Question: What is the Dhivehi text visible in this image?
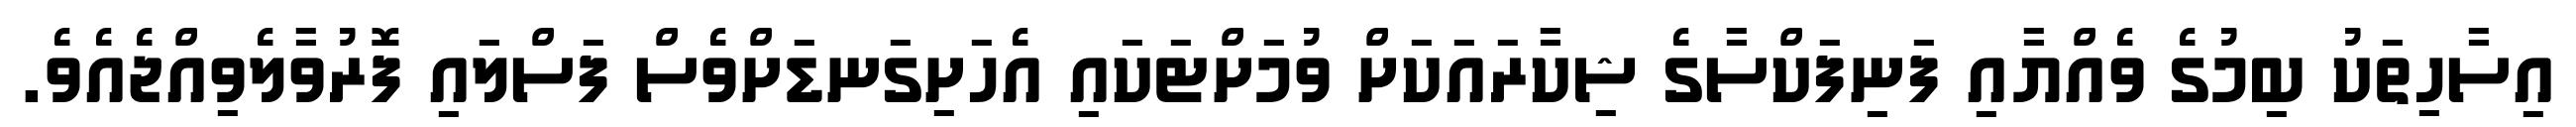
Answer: އިސާހިތަކު ބިމުގެ ވެއްޔާއި ފަނިފަކްސާގެ ޝިކާރައަކަށް ވުމަށްޓަކައި އެހަށިގަނޑަށްވެސް ފަސްލައި ފޮރުވާލެވިއްޖެއެވެ.